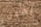
يشعل